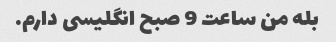
بله من ساعت 9 صبح انگلیسی دارم.